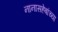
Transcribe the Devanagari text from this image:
नानासहेबांच्या